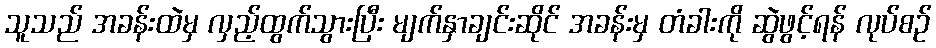
သူသည် အခန်းထဲမှ လှည့်ထွက်သွားပြီး မျက်နှာချင်းဆိုင် အခန်းမှ တံခါးကို ဆွဲဖွင့်ရန် လုပ်စဉ်